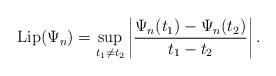
LaTeX: \begin{align*} {\rm Lip}(\Psi_n) = \sup_{t_1\neq t_2} \left|\frac{\Psi_n(t_1) - \Psi_n(t_2)}{t_1-t_2} \right|. \end{align*}